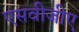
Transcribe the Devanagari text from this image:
एसवीजीए